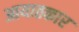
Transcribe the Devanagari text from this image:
आयातकार